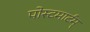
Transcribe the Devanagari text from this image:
पोस्टमार्टम्‌